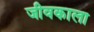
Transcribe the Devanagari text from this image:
जीवकाला